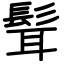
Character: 髶